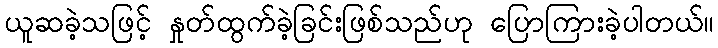
ယူဆခဲ့သဖြင့် နှုတ်ထွက်ခဲ့ခြင်းဖြစ်သည်ဟု ပြောကြားခဲ့ပါတယ်။